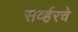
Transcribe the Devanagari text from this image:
सर्व्हरचे